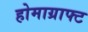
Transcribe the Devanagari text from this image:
होमाग्राफ्ट